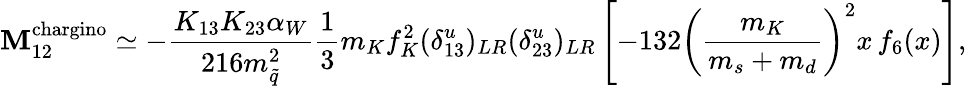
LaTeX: \mathbf{M}_{12}^{\mathrm{{chargino}}}\simeq-\frac{{K_{13}K_{23}\alpha_{W}}}{{216m_{\tilde{{q}}}^{2}}}\frac{{1}}{{3}}m_{K}f_{K}^{2}(\delta_{13}^{u})_{LR}(\delta_{23}^{u})_{LR}\left[-132\left(\frac{{m_{K}}}{{m_{s}+m_{d}}}\right)^{2}x\, f_{6}(x)\right],